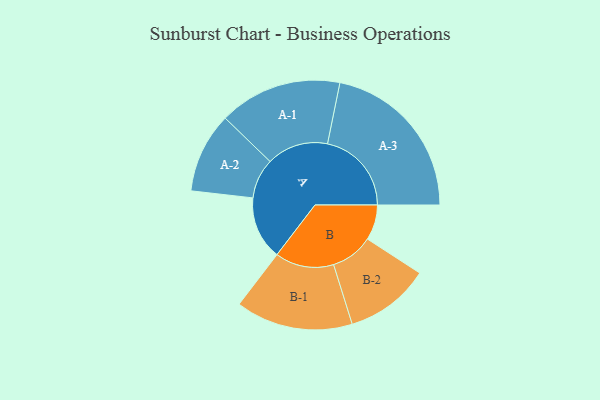
{"axis": {"x": "Segment", "y": "Value"}, "legend": ["", "A", "B"], "data": [{"x": "A", "y": 222, "type": ""}, {"x": "B", "y": 124, "type": ""}, {"x": "A-1", "y": 216, "type": "A"}, {"x": "A-2", "y": 141, "type": "A"}, {"x": "A-3", "y": 295, "type": "A"}, {"x": "B-1", "y": 206, "type": "B"}, {"x": "B-2", "y": 149, "type": "B"}]}